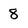
Character: 8